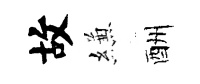
故縑酬